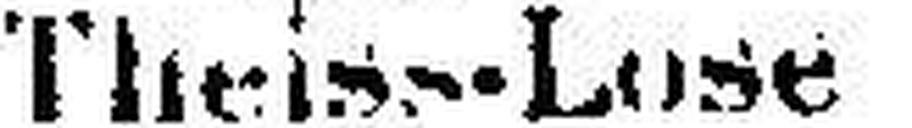
Theiss-Lose